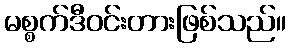
မစ္စက်ဒီဝင်းတားဖြစ်သည်။